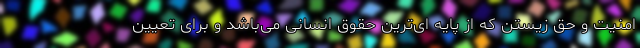
امنیت و حق زیستن که از پایه ای‌ترین حقوق انسانی می‌باشد و برای تعیین